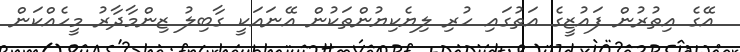
އޭގެ އިތުރުން ފައުޒީގެ އަތުގައި ހުރި ލިޔެކިޔުންތަކުން އޭނައަކީ ގާބިލު ޒިންމާދާރު މީހެއްކަން